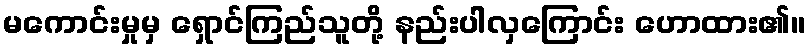
မကောင်းမှုမှ ရှောင်ကြည်သူတို့ နည်းပါလှကြောင်း ဟောထား၏။